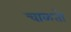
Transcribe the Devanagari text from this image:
चाळतो